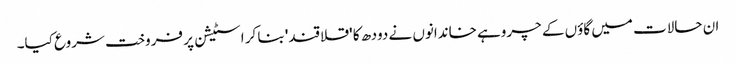
ان حالات میں گاؤں کے چروہے خاندانوں نے دودھ کا 'قلاقند' بنا کر اسٹیشن پر فروخت شروع کیا۔